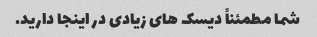
شما مطمئناً دیسک های زیادی در اینجا دارید.